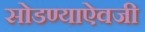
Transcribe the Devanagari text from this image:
सोडण्याऐवजी